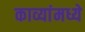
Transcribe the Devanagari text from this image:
काव्यांमध्ये